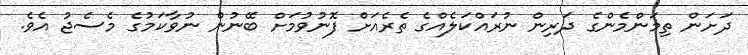
ދަށަން ތިމަންމެންގެ ދަރިން ނުރައްކަލެއްގެ ތެރެއަށް ފޮނުވުމަށް ބޭނުން ނުވާކަމުގެ މެސެޖު އެވެ.